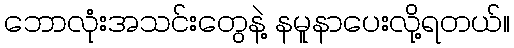
ဘောလုံးအသင်းတွေနဲ့ နမူနာပေးလို့ရတယ်။